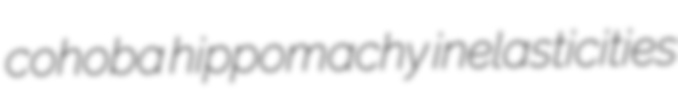
cohoba hippomachy inelasticities